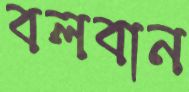
বলবান